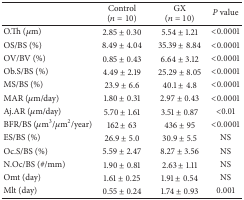
<table><thead><tr><td><b> </b></td><td><b>Control(<i>n</i> = 10) </b></td><td><b>GX(<i>n</i> = 10) </b></td><td><b><i>P</i> value</b></td></tr></thead><tbody><tr><td>O.Th (<i>μ</i>m)</td><td>2.85 ± 0.30</td><td>5.54 ± 1.21</td><td>&lt;0.0001</td></tr><tr><td>OS/BS (%)</td><td>8.49 ± 4.04</td><td>35.39 ± 8.84</td><td>&lt;0.0001</td></tr><tr><td>OV/BV (%)</td><td>0.85 ± 0.43</td><td>6.64 ± 3.12</td><td>&lt;0.0001</td></tr><tr><td>Ob.S/BS (%)</td><td>4.49 ± 2.19</td><td>25.29 ± 8.05</td><td>&lt;0.0001</td></tr><tr><td>MS/BS (%)</td><td>23.9 ± 6.6</td><td>40.1 ± 4.8</td><td>&lt;0.0001</td></tr><tr><td>MAR (<i>μ</i>m/day)</td><td>1.80 ± 0.31</td><td>2.97 ± 0.43</td><td>&lt;0.0001</td></tr><tr><td>Aj.AR (<i>μ</i>m/day)</td><td>5.70 ± 1.61</td><td>3.51 ± 0.87</td><td>&lt;0.01</td></tr><tr><td>BFR/BS (<i>μ</i>m<sup>3</sup>/<i>μ</i>m<sup>2</sup>/year)</td><td>162 ± 63</td><td>436 ± 95</td><td>&lt;0.0001</td></tr><tr><td>ES/BS (%)</td><td>26.9 ± 5.0</td><td>30.9 ± 5.5</td><td>NS</td></tr><tr><td>Oc.S/BS (%)</td><td>5.59 ± 2.47</td><td>8.27 ± 3.56</td><td>NS</td></tr><tr><td>N.Oc/BS (#/mm)</td><td>1.90 ± 0.81</td><td>2.63 ± 1.11</td><td>NS</td></tr><tr><td>Omt (day)</td><td>1.61 ± 0.25</td><td>1.91 ± 0.54</td><td>NS</td></tr><tr><td>Mlt (day)</td><td>0.55 ± 0.24</td><td>1.74 ± 0.93</td><td>0.001</td></tr></tbody></table>